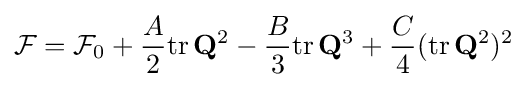
{\mathcal {F}}={\mathcal {F}}_{0}+{\frac {A}{2}}\mathrm {tr} \,\mathbf {Q} ^{2}-{\frac {B}{3}}\mathrm {tr} \,\mathbf {Q} ^{3}+{\frac {C}{4}}(\mathrm {tr} \,\mathbf {Q} ^{2})^{2}